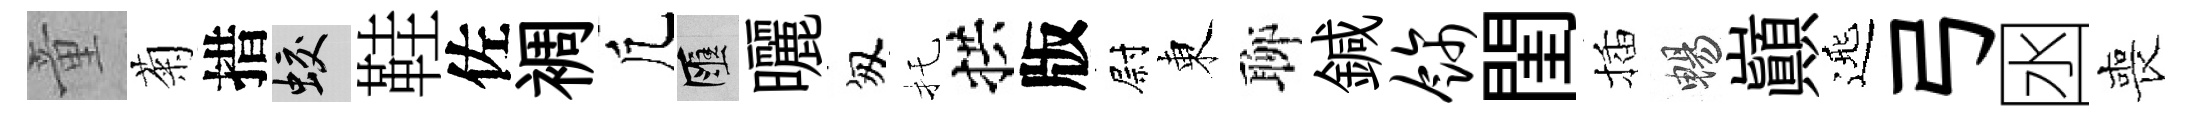
童菊措蛟鞋佐裯凢匯曬匆托拱版尉東聊鍼饰閨插暢巔𨓱弓囦喪